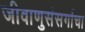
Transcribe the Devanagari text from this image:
जीवाणुसंसर्गाचा